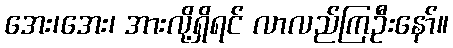
အေး၊အေး၊ အားလို့ရှိရင် လာလည်ကြဦးနော်။